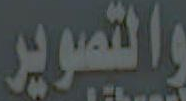
والتصوير